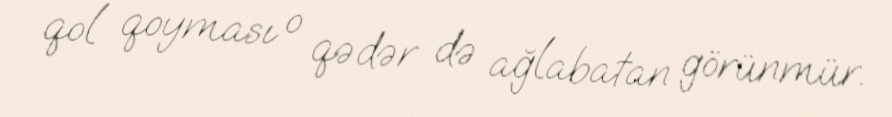
qol qoyması o qədər də ağlabatan görünmür.